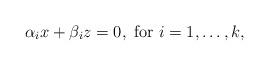
LaTeX: \begin{align*}\alpha_i x + \beta_i z = 0, \mbox{ for } i=1,\ldots,k,\end{align*}